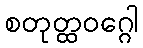
စတုတ္ထဝဂ္ဂေါ